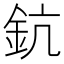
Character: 鈧